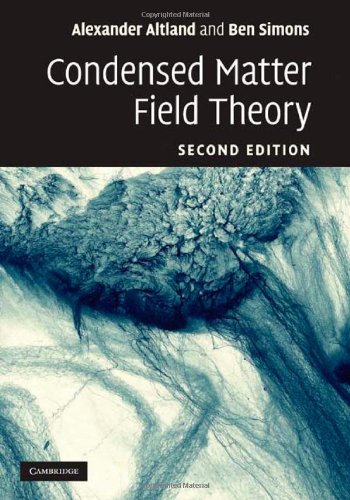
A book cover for Condensed Matter Field Theory; Alexander Altland; Science & Math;